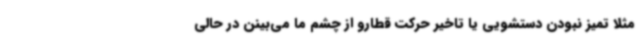
مثلا تمیز نبودن دستشویی یا تاخیر حرکت قطارو از چشم ما می‌بینن در حالی